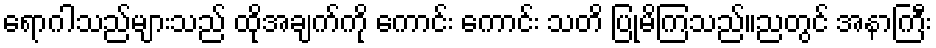
ရောဂါသည်များသည် ထိုအချက်ကို ကောင်း ကောင်း သတိ ပြုမိကြသည်။ညတွင် အနာကြီး